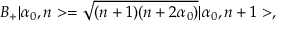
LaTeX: B _ { + } | \alpha _ { 0 } , n > = \sqrt { ( n + 1 ) ( n + 2 \alpha _ { 0 } ) } | \alpha _ { 0 } , n + 1 > ,